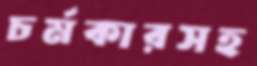
চর্মকারসহ